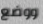
ووضع